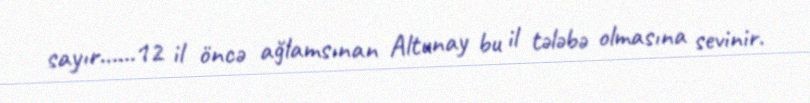
sayır......12 il öncə ağlamsınan Altunay bu il tələbə olmasına sevinir.